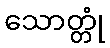
သောတ္တုံ